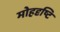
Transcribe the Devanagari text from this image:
मोहदृष्टि